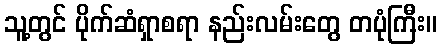
သူ့တွင် ပိုက်ဆံရှာစရာ နည်းလမ်းတွေ တပုံကြီး။